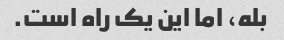
بله، اما این یک راه است.